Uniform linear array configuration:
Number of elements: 64
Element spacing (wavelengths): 1
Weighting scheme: uniform
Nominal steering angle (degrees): -15
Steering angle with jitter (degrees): -14.688
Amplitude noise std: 0.05
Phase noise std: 0.05

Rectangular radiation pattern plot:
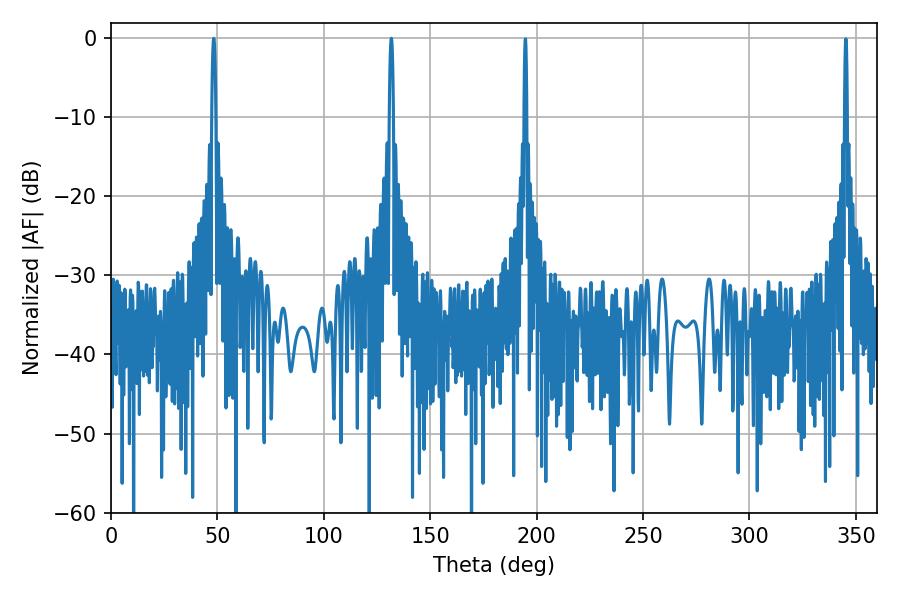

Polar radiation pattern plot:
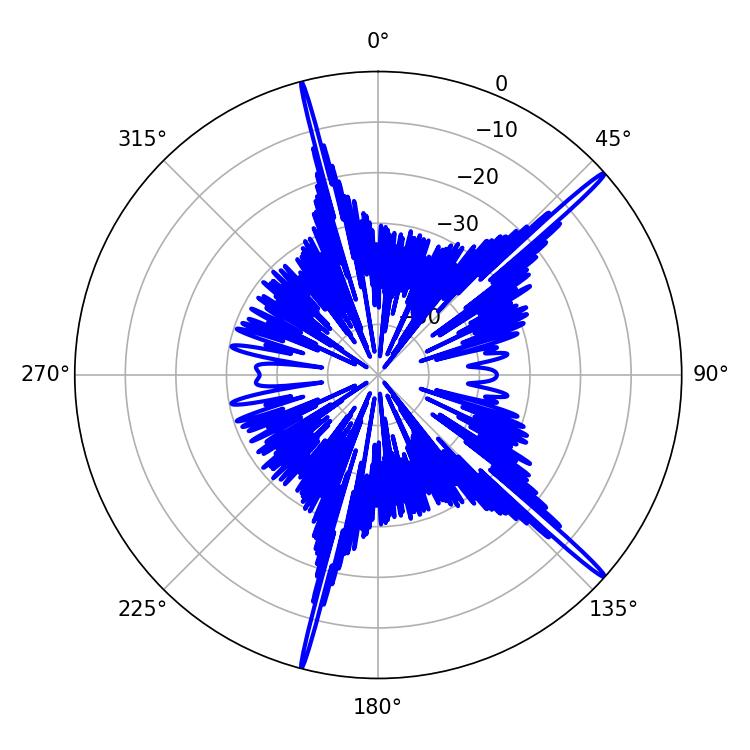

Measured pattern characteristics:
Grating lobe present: TRUE
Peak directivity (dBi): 18.758
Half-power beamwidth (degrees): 1.08
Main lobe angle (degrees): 131.76